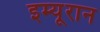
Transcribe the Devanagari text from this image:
इम्यूरान